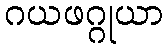
ဂယဖဂ္ဂုယာ